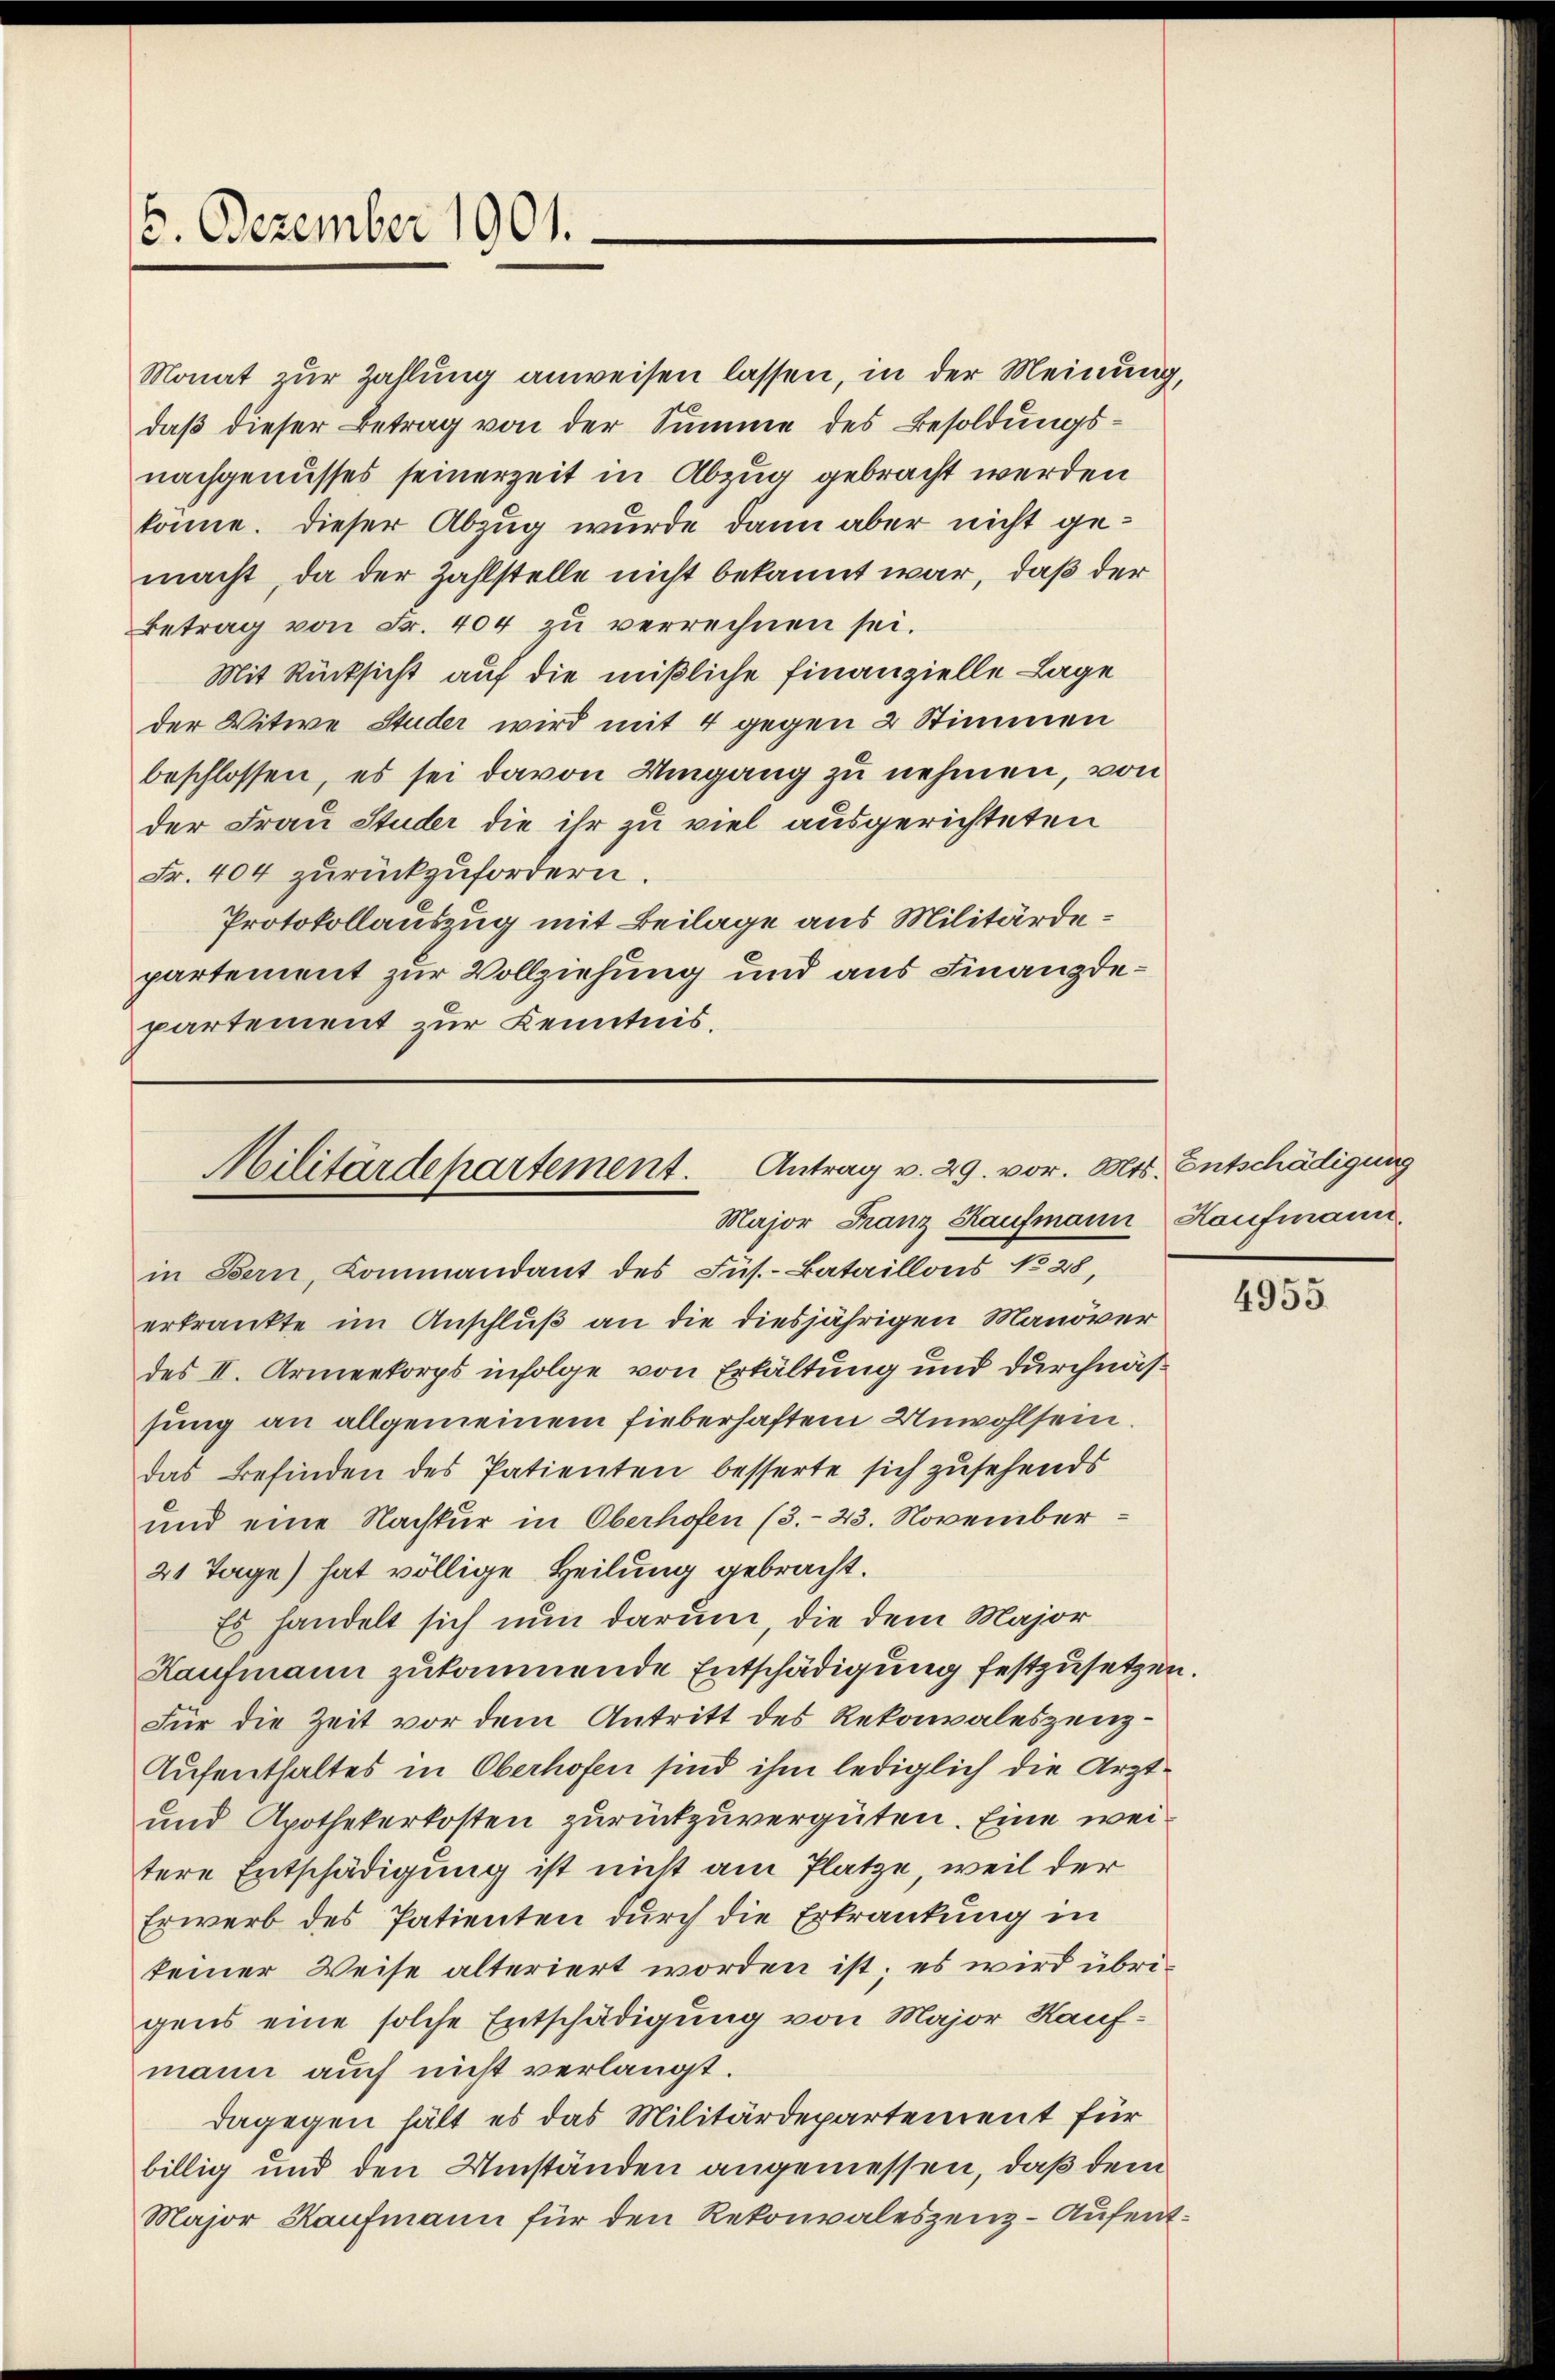
6. Dezember 1901.

Monat zur Zahlung anweisen lassen, in der Meinung,
daß dieser Betrag von der Summe des Besoldungsnachgenusses seinerzeit in Abzug gebracht werden
könne. Dieser Abzug wurde dann aber nicht gemacht, da der Zahlstelle nicht bekannt war, daß der
Betrag von Fr. 404 zu verrechnen sei.
Mit Rücksicht auf die mißliche Finanzielle Lage
der Witwe Studer wird mit 4 gegen 2 Stimmen
beschlossen, es sei davon Umgang zu nehmen, von
der Frau Studer die ihr zu viel ausgerichteten
Fr. 404 zurückzufordern.
Protokollauszug mit Beilage aus Militärdepartement zur Vollziehung und aus Finanzdepartement zur Kenntnis.

Militärdepartement. Antrag v. 29. vor. Mts. Entschädigung
Major Franz Kaufmann Kaufmann

in Bern, Kommandant des Fus.-Bataillons No 28,
erkrankte im Anschluß an die diesjährigen Manöver
des II. Armeekorps infolge von Erkältung und durchnässung an allgemeinem Fieberhaftem Unwohlsein.
das Befinden des Patienten besserte sich zusehends
und eine Nachkur in Oberhofen (3.-23. November
21 Tage) hat völlige Heilung gebracht.
Es handelt sich nun darum, die dem Major
Kaufmann zukommende Entschädigung festzusetzen.
Für die Zeit vor dem Antritt des Rekonvaleszenz¬
Aufenthaltes in Oberhofen sind ihm lediglich die Arzt¬
und Apothekerkosten zurückzuvergüten. Eine weitere Entschädigung ist nicht am Platze, weil der
Erwerb des Patienten durch die Erkrankung in
keiner Weise alteriert worden ist; es wird übrigens eine solche Entschädigung von Major Kaufmann auch nicht verlangt.
dagegen hält es das Militärdepartement für
billig und den Umständen angemessen, daß dem
Major Kaufmann für den Rekonvaleszenz-Aufent¬

4955.